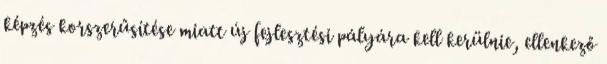
képzés korszerűsítése miatt új fejlesztési pályára kell kerülnie, ellenkező